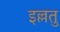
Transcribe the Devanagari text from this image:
इल्लतु